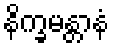
နိက္ခမန္တာနံ